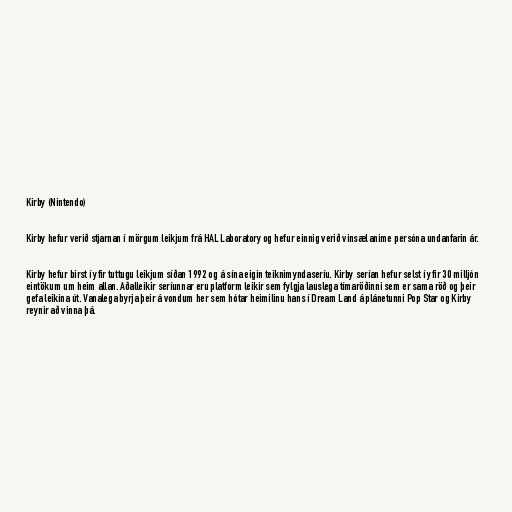
Kirby (Nintendo)

Kirby hefur verið stjarnan í mörgum leikjum frá HAL Laboratory og hefur einnig verið vinsæl anime persóna undanfarin ár.

Kirby hefur birst í yfir tuttugu leikjum síðan 1992 og á sína eigin teiknimyndaseríu. Kirby serían hefur selst í yfir 30 milljón
eintökum um heim allan. Aðalleikir seríunnar eru platform leikir sem fylgja lauslega tímaröðinni sem er sama röð og þeir
gefa leikina út. Vanalega byrja þeir á vondum her sem hótar heimilinu hans í Dream Land á plánetunni Pop Star og Kirby
reynir að vinna þá.